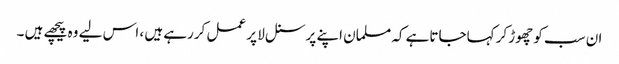
ان سب کو چھوڑ کر کہاجاتاہے کہ مسلمان اپنے پرسنل لا پر عمل کررہے ہیں ، اس لیے وہ پیچھے ہیں ۔